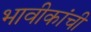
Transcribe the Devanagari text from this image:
भावीकांची